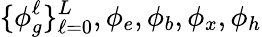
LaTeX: \{ \phi_{g}^{\ell}\} _{\ell=0}^{L},\phi_{e},\phi_{b},\phi_{x},\phi_{h}